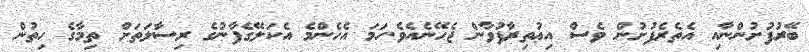
ބޭރުފުށުންނާއި އެތެރެފުށުން ވެސް އިޢުތިރާފުވާން ޖެހޭނެއެވެ.ހަމަ އެހެންމެ އެކަލޭގެފާނުގެ ރިސާލަތަށް ތިމާގެ ހިތުން